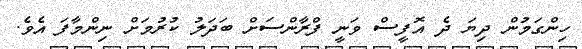
ހިންގަމުން ދިޔަ ދެ އޮފީސް ވަނީ ފްރާންސަށް ބަދަލު ކުރުމަށް ނިންމާފަ އެވެ.